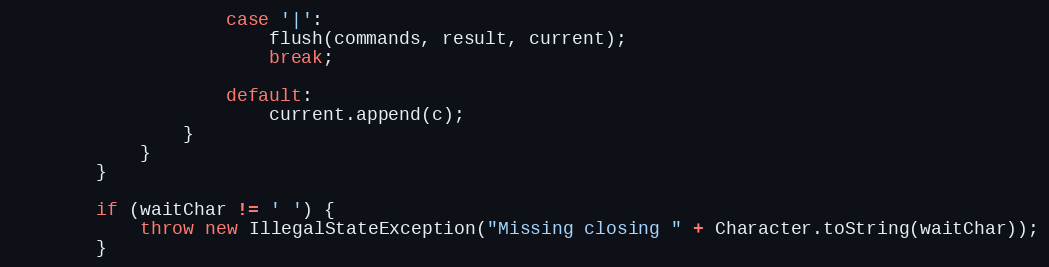
Language: Java
                    case '|':
                        flush(commands, result, current);
                        break;

                    default:
                        current.append(c);
                }
            }
        }

        if (waitChar != ' ') {
            throw new IllegalStateException("Missing closing " + Character.toString(waitChar));
        }